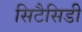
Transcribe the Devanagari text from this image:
सिटैसिडी